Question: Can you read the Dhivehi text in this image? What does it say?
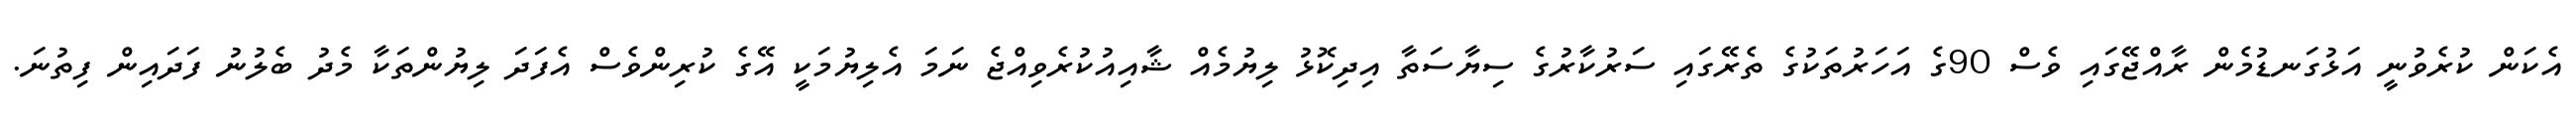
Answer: އެކަން ކުރެވުނީ އަޅުގަނޑުމެން ރާއްޖޭގައި ވެސް 90ގެ އަހަރުތަކުގެ ތެރޭގައި ސަރުކާރުގެ ސިޔާސަތާ އިދިކޮޅު ލިޔުމެއް ޝާއިއުކުރެވިއްޖެ ނަމަ އެލިޔުމަކީ އޭގެ ކުރިންވެސް އެފަދަ ލިޔުންތަކާ މެދު ބެލުނު ފަދައިން ފިތުނަ.